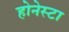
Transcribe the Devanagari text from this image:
होनेस्टा